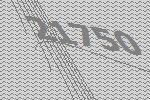
21750